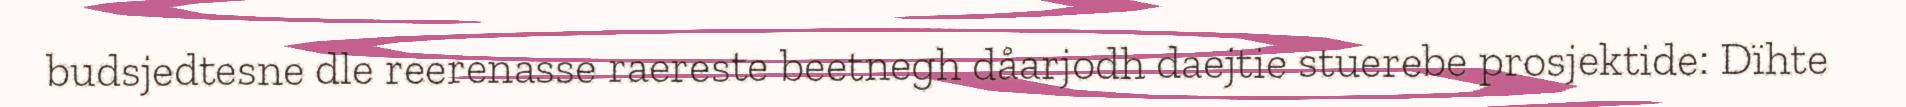
budsjedtesne dle reerenasse raereste beetnegh dåarjodh daejtie stuerebe prosjektide: Dïhte